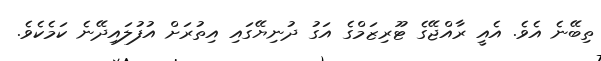
ތިބޭނެ އެވެ. އެއީ ރާއްޖޭގެ ޓޫރިޒަމްގެ އަގު ދުނިޔޭގައި އިތުރަށް އުފުލައިދޭނެ ކަމެކެވެ.